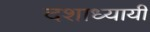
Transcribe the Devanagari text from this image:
दशाध्यायी